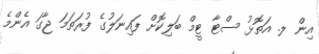
އިން ލ. އަތޮޅު ސްޓާ ޓީމް ބަލިކޮށް ފައިނަލުގެ ފުރަތަމަ ޖާގަ އެންމެ